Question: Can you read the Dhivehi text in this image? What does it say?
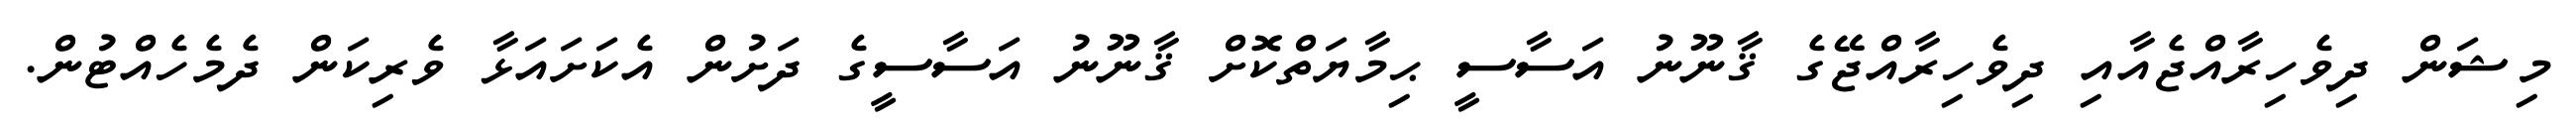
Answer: މިޝަން ދިވެހިރާއްޖެއާއި ދިވެހިރާއްޖޭގެ ޤާނޫނު އަސާސީ ޙިމާޔަތްކޮށް ޤާނޫނު އަސާސީގެ ދަށުން އެކަށައަޅާ ވެރިކަން ދެމެހެއްޓުން.